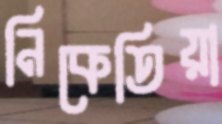
নিকেতিয়া